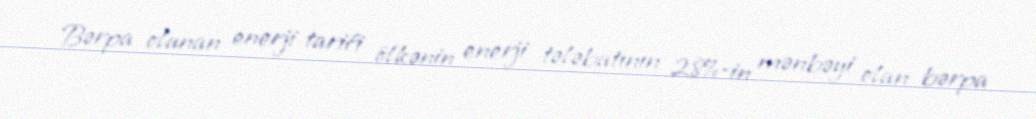
Bərpa olunan enerji tarifi ölkənin enerji tələbatının 28%-in mənbəyi olan bərpa